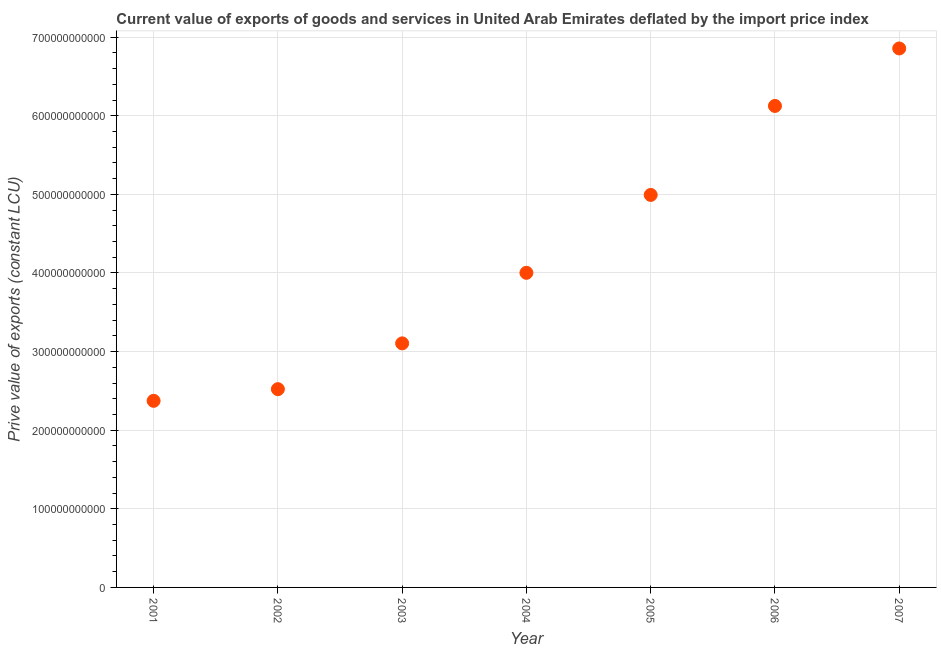
| Year | Exports as a capacity to import (constant LCU) |
 | --- | --- |
 | 2001 | 2.37e+11 |
 | 2002 | 2.52e+11 |
 | 2003 | 3.1e+11 |
 | 2004 | 4e+11 |
 | 2005 | 4.99e+11 |
 | 2006 | 6.12e+11 |
 | 2007 | 6.86e+11 |